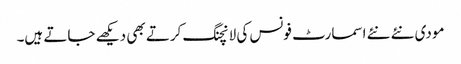
مودی نئے نئے اسمارٹ فونس کی لانچنگ کرتے بھی دیکھے جاتے ہیں۔